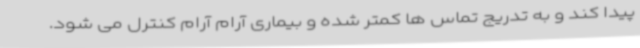
پیدا کند و به تدریج تماس ها کمتر شده و بیماری آرام آرام کنترل می شود.